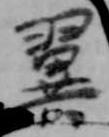
翼